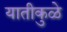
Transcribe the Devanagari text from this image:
यातीकुळे